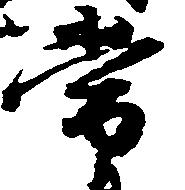
常